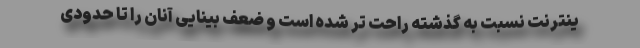
ینترنت نسبت به گذشته راحت تر شده است و ضعف بینایی آنان را تا حدودی